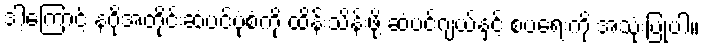
ဒါ့ကြောင့် နဂိုအတိုင်းဆံပင်ပုံစံကို ထိန်းသိန်းဖို့ ဆံပင်ဂျယ်နှင့် စပရေးကို အသုံးပြုပါ။